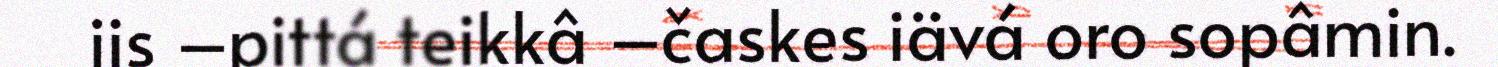
jis –pittá teikkâ –časkes iävá oro sopâmin.